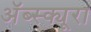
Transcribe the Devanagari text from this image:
ॲब्स्क्यूरा